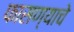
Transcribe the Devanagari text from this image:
फासण्याचे